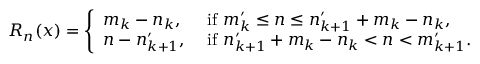
R _ { n } ( x ) = \left\{ \begin{array} { l l } { m _ { k } - n _ { k } , } & { \ \mathrm { i f } ~ m _ { k } ^ { \prime } \leq n \leq n _ { k + 1 } ^ { \prime } + m _ { k } - n _ { k } , } \\ { n - n _ { k + 1 } ^ { \prime } , } & { \ \mathrm { i f } ~ n _ { k + 1 } ^ { \prime } + m _ { k } - n _ { k } < n < m _ { k + 1 } ^ { \prime } . } \end{array} \right.